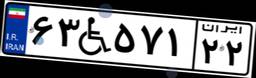
۹۱W۳۸۲۷۶